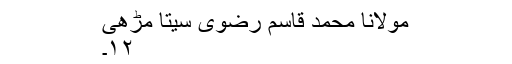
مولانا محمد قاسم رضوی سیتا مڑھی
۱۲۔